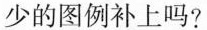
少的图例补上吗?